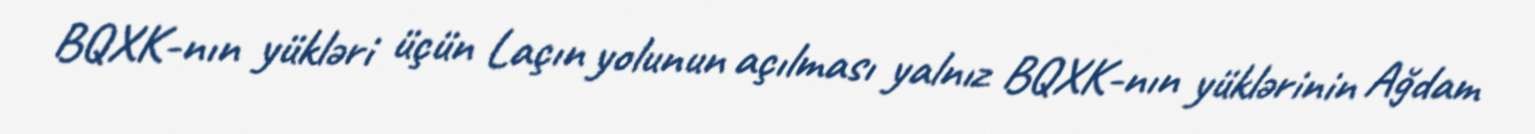
BQXK-nın yükləri üçün Laçın yolunun açılması yalnız BQXK-nın yüklərinin Ağdam